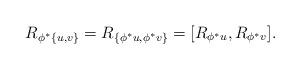
LaTeX: \begin{gather*} R_{\phi^*\{u,v\}}=R_{\{\phi^*u,\phi^*v\}}=[R_{\phi^*u},R_{\phi^*v}]. \end{gather*}